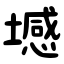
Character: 㙳